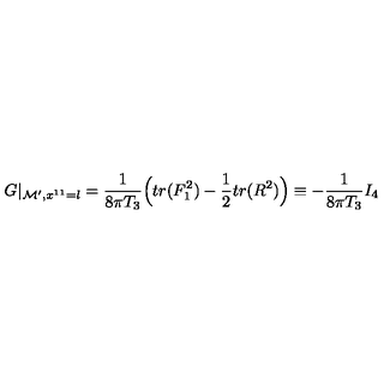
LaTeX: G \vert _ { { \cal M } ^ { \prime } , x ^ { 1 1 } = l } = { \frac { 1 } { 8 \pi T _ { 3 } } } \Big ( t r ( F _ { 1 } ^ { 2 } ) - { \frac { 1 } { 2 } } t r ( R ^ { 2 } ) \Big ) \equiv - { \frac { 1 } { 8 \pi T _ { 3 } } } I _ { 4 }